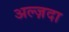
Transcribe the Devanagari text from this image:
अल्ज़दा